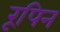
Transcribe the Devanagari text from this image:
रूपिन